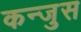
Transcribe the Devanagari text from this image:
कन्जुस